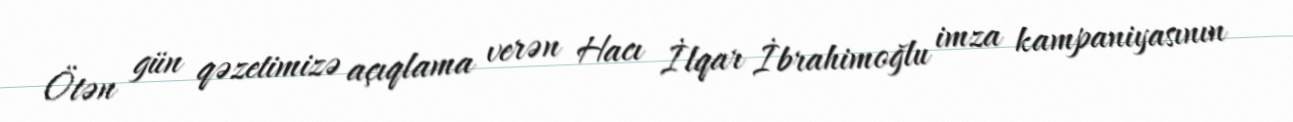
Ötən gün qəzetimizə açıqlama verən Hacı İlqar İbrahimoğlu imza kampaniyasının